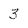
Character: 3